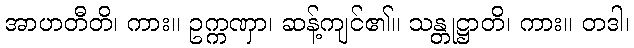
အာဟတီတိ၊ ကား။ ဥက္ကဏှာ၊ ဆန့်ကျင်၏။ သန္တုဋ္ဌာတိ၊ ကား။ တဒါ၊